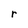
Character: r